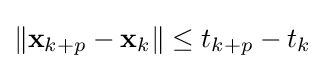
\|\mathbf {x} _{k+p}-\mathbf {x} _{k}\|\leq t_{k+p}-t_{k}